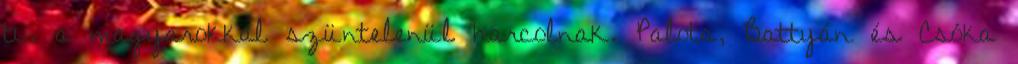
ti. a magyarokkal szüntelenül harcolnak. Palota, Battyán és Csóka